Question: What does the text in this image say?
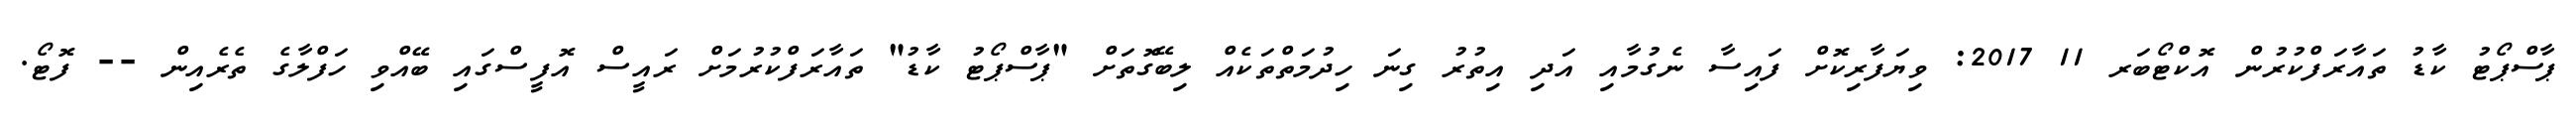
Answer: ޕާސްޕޯޓު ކާޑު ތައާރަފްކުރުން އޮކްޓޯބަރ 11 2017: ވިޔަފާރިކޮށް ފައިސާ ނެގުމާއި އަދި އިތުރު ގިނަ ހިދުމަތްތަކެއް ލިބޭގޮތަށް "ޕާސްޕޯޓު ކާޑު" ތައާރަފްކުރުމަށް ރައީސް އޮފީސްގައި ބޭއްވި ހަފްލާގެ ތެރެއިން -- ފޮޓޯ.